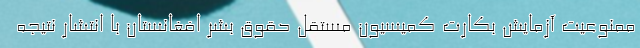
ممنوعیت آزمایش بکارت کمیسیون مستقل حقوق بشر افغانستان با انتشار نتیجه